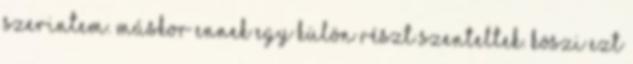
szerintem. Máskor ennek egy külön részt szenteltek. Köszi ezt